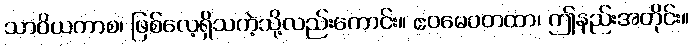
သာဝိယတာစ၊ ဖြစ်လေ့ရှိသကဲ့သို့လည်းကောင်း။ ဧဝမေဝတထာ၊ ဤနည်းအတိုင်း။